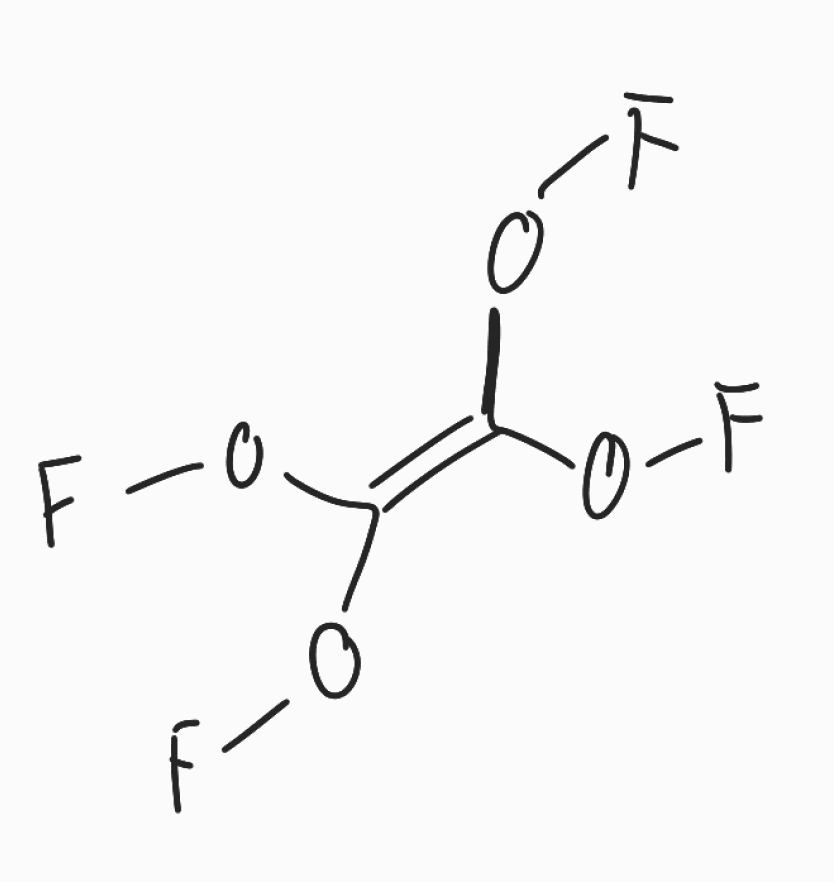
Simplified molecular-input line-entry system (SMILES) notation of the given molecule:
C(=C(OF)OF)(OF)OF